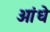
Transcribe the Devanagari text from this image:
ओंधे